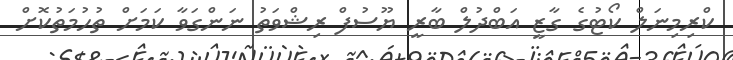
ކްރިމިނަލް ކޯޓުގެ ގާޒީ އަބްދުލް ބާރީ ޔޫސުފް ރިޝްވަތު ނަންގަވާ ކަމަށް ތުހުމަތުކޮށް